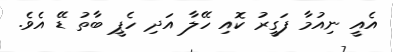
އެއީ ނިއުމާ ފަގީރު ކޮއި ހޭލާ އަދި ހެޕީ ބާތު ޑޭ އެވެ.